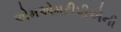
એમએમટીપીએની